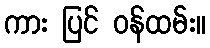
ကား ပြင် ဝန်ထမ်း။